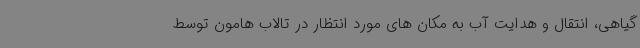
گیاهی، انتقال و هدایت آب به مکان های مورد انتظار در تالاب هامون توسط